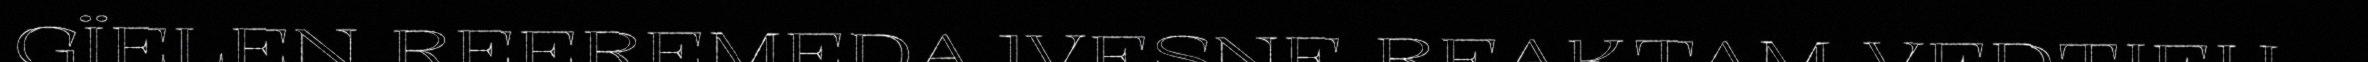
GÏELEN REEREMEDAJVESNE REAKTAM VEDTIEH